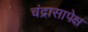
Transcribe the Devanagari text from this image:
चंद्रासापेक्ष